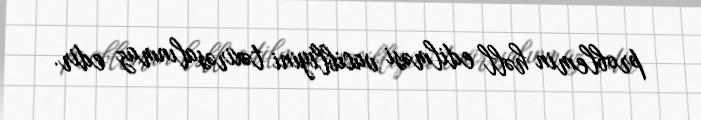
problemin həll edilməsi vacibliyini təxirəsalınmaz edir.